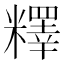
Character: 𥼶